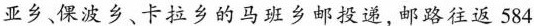
亚乡、倮波乡、卡拉乡的马班乡邮投递，邮路往返584